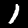
Digit: 1